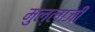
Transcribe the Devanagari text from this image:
मुल्लाजी